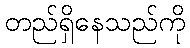
တည်ရှိနေသည်ကို